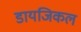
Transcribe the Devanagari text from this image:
डायजिकल